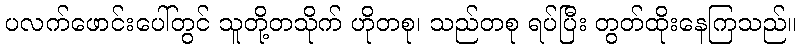
ပလက်ဖောင်းပေါ်တွင် သူတို့တသိုက် ဟိုတစု၊ သည်တစု ရပ်ပြီး တွတ်ထိုးနေကြသည်။